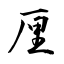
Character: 厘